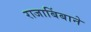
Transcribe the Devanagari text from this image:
राजाबिंबाने